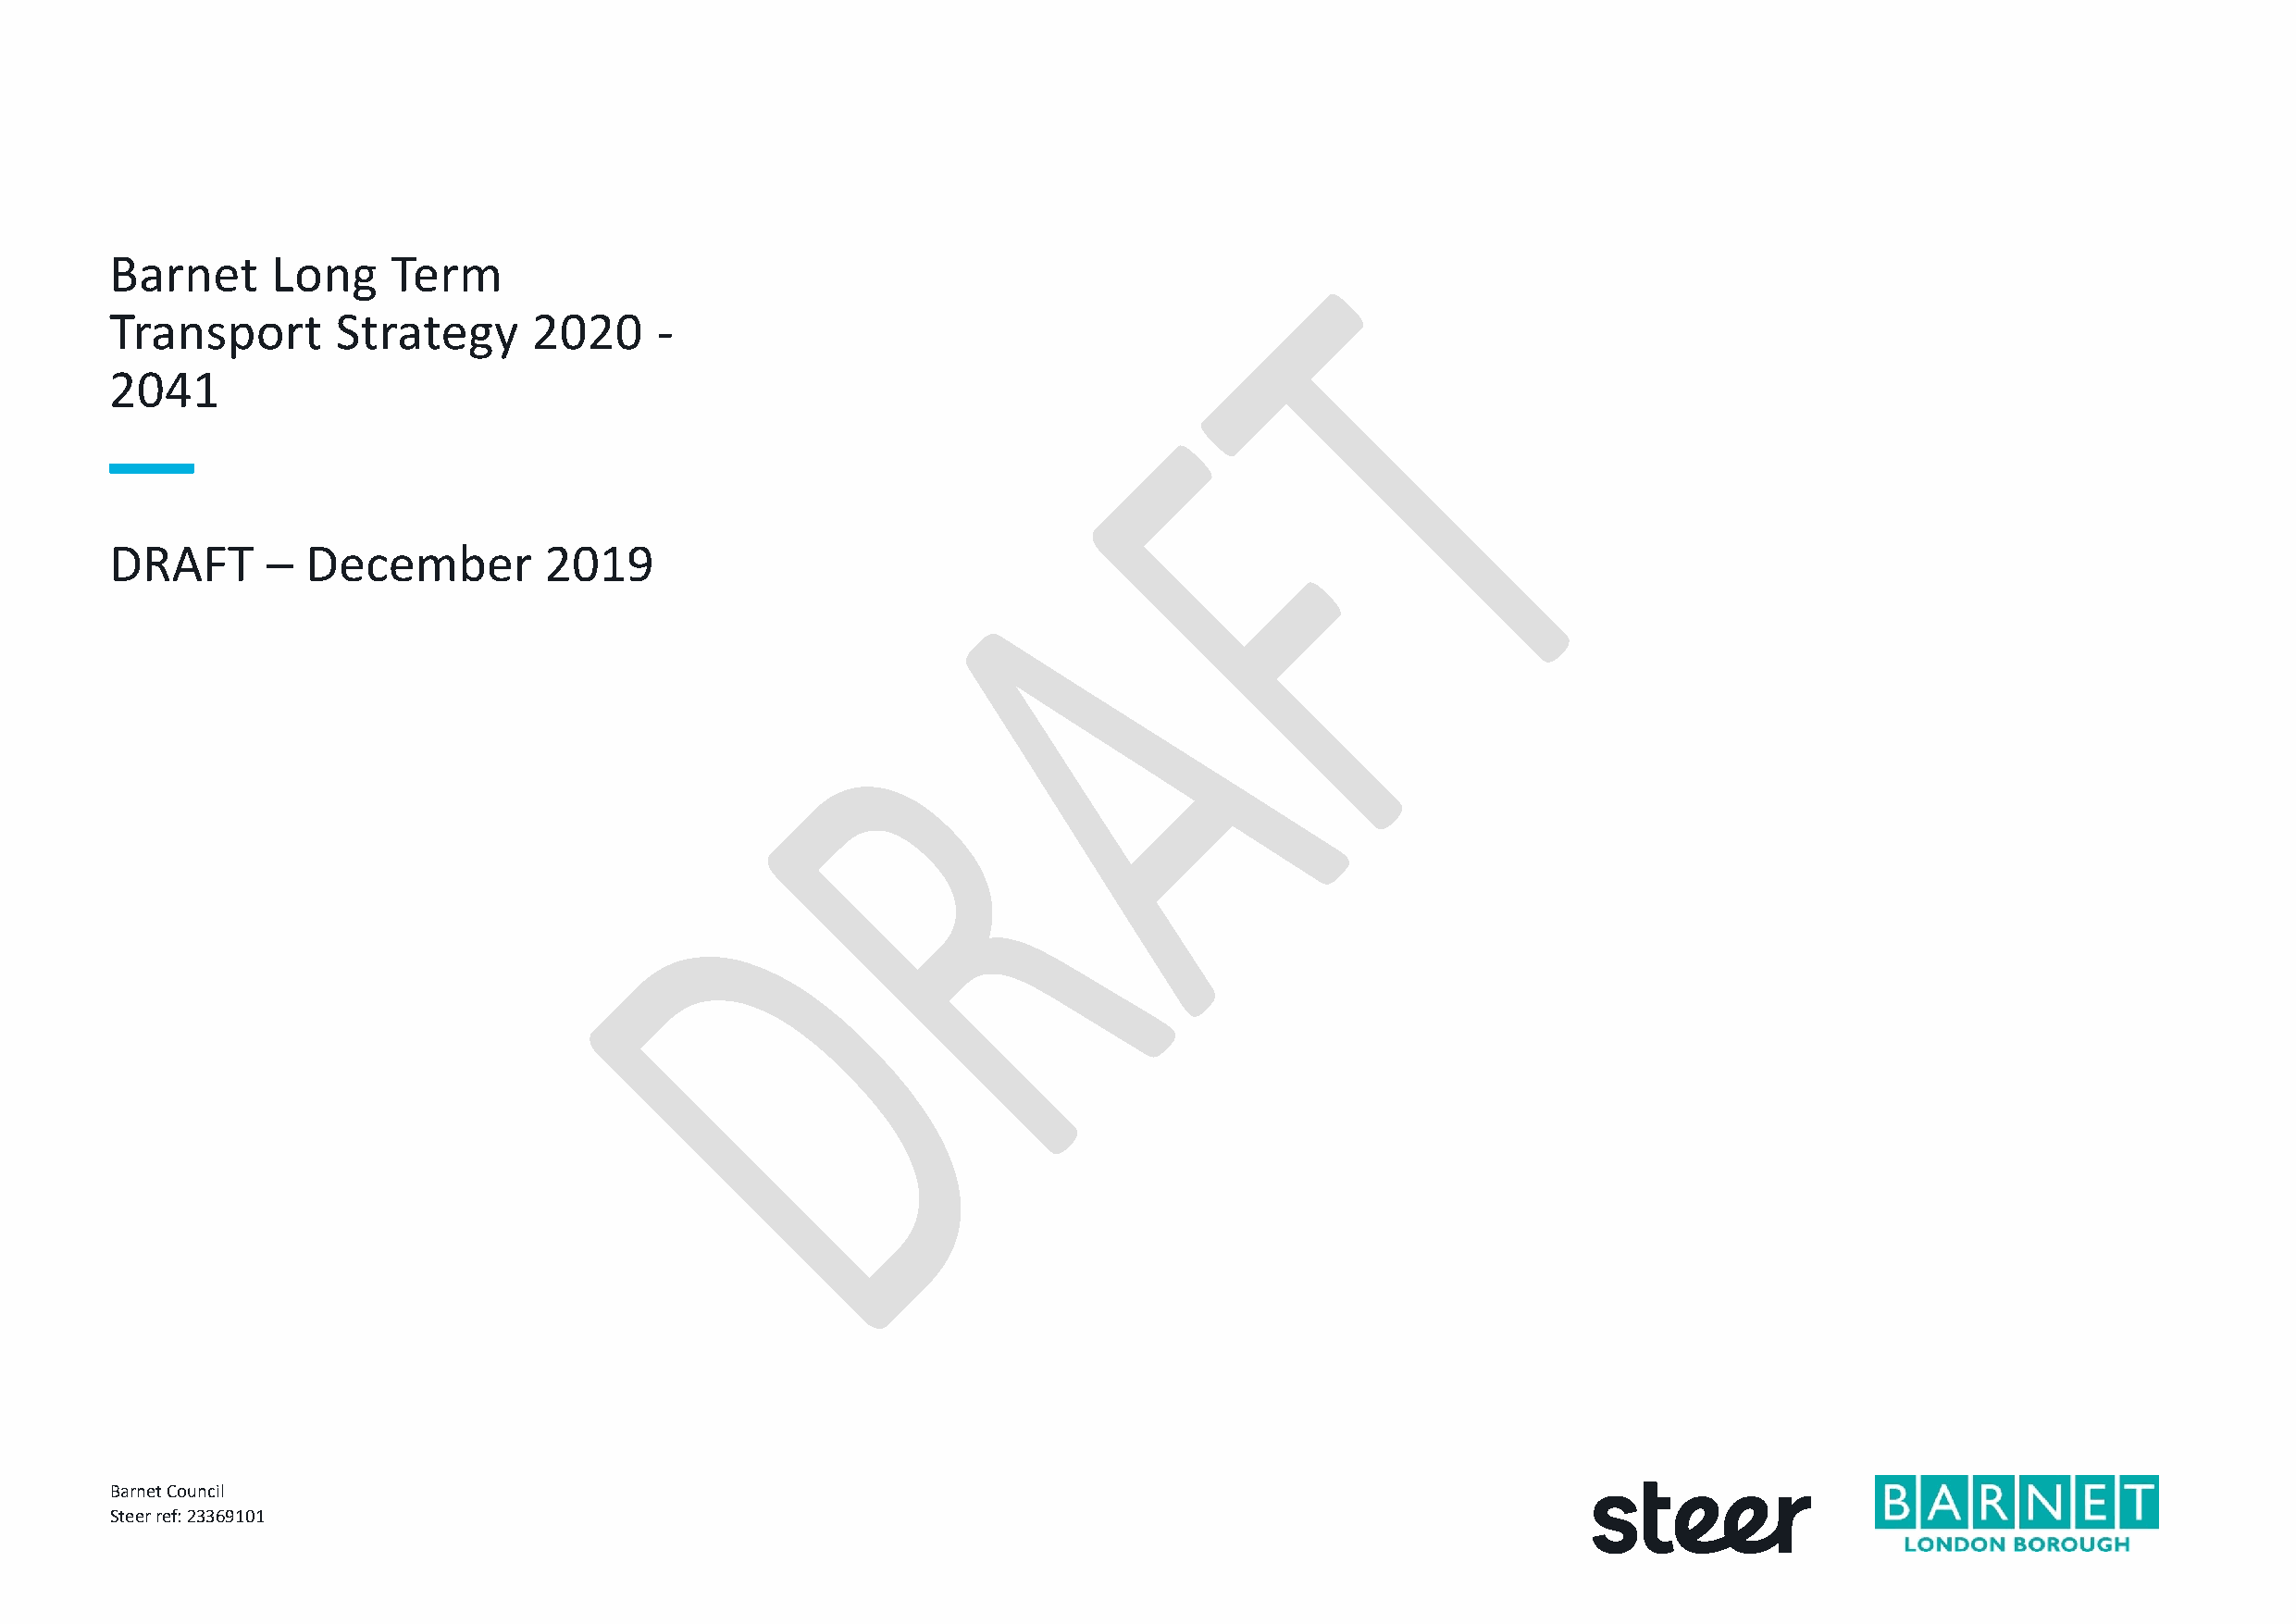
Barnet     Long     Term
 Transport       Strategy      2020     -
 2041
 DRAFT      –  December         2019
 Barnet Council
 Steer ref: 23369101